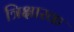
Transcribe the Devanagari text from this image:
त्रिक्षारक